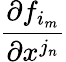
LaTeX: \frac{\partial f_{i_{m}}}{\partial x^{j_{n}}}